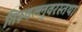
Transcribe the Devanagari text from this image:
तिरुवल्लुवरस्तथा